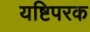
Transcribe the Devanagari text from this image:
यष्टिपरक